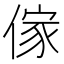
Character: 傢